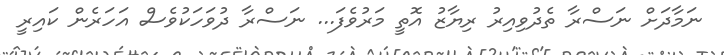
ނަމާދަށް ނަސްރާ ތެދުވިއިރު ރިޔާޒު އޮތީ މަރުވެފަ... ނަސްރާ ދުވަހަކުވެސް އަހަރެން ކައިރީ